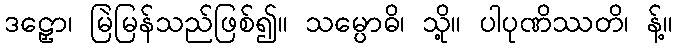
ဒဠှော၊ မြဲမြန်သည်ဖြစ်၍။ သမ္ပောဓိ၊ သို့။ ပါပုဏိဿတိ၊ န့်။